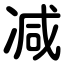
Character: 减